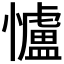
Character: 𢥈